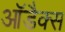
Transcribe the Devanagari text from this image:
आॅडैक्स